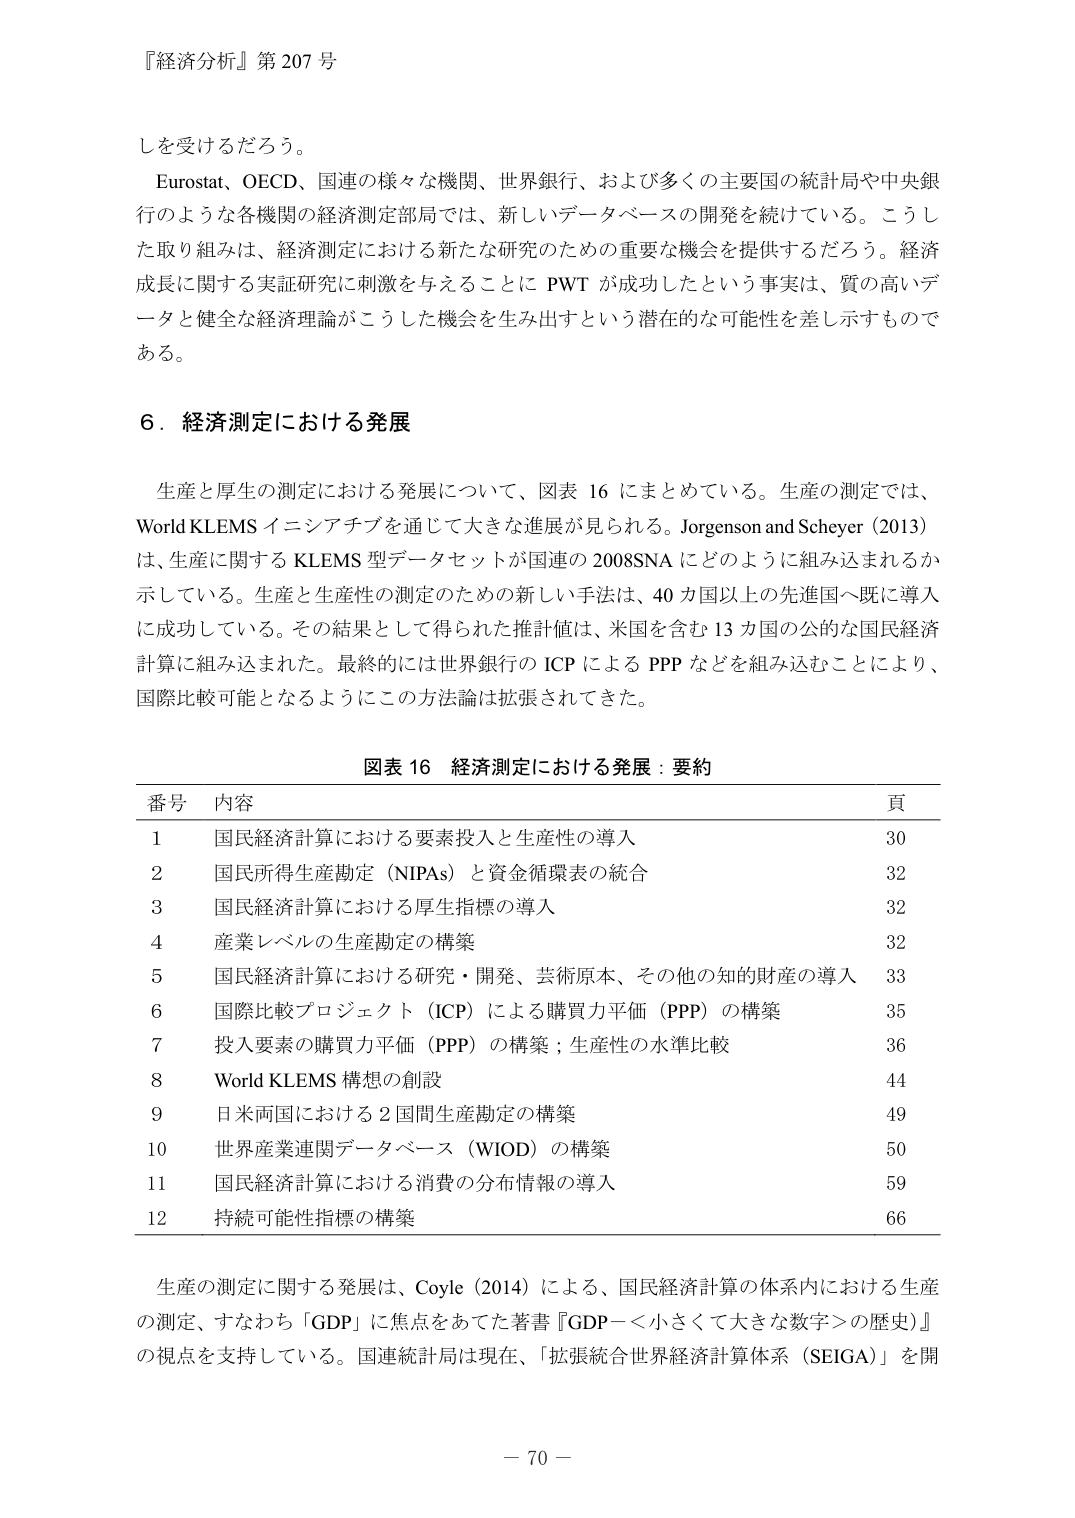
『経済分析』第 207 号

しを受けるだろう。

Eurostat、OECD、国連の様々な機関、世界銀行、および多くの主要国の統計局や中央銀行のような各機関の経済測定部局では、新しいデータベースの開発を続けている。こうした取り組みは、経済測定における新たな研究のための重要な機会を提供するだろう。経済成長に関する実証研究に刺激を与えることに PWT が成功したという事実は、質の高いデータと健全な経済理論がこうした機会を生み出すという潜在的な可能性を差し示すものである。

6．経済測定における発展

生産と厚生の測定における発展について、図表 16 にまとめていている。生産の測定では、World KLEMS イニシアチブを通じて大きな進展が見られる。Jorgenson and Scheyer (2013) は、生産に関する KLEMS 型データセットが国連の 2008SNA にどのように組み込まれるか示している。生産と生産性の測定のための新しい手法は、40 カ国以上の先進国へ既に導入に成功している。その結果として得られた推計値は、米国を含む 13 カ国の公的な国民経済計算に組み込まれた。最終的には世界銀行の ICP による PPP などを組み込むことにより、国際比較可能となるようにこの方法論は拡張されてきた。

図表 16 経済測定における発展：要約

番号 内容 頁
1 国民経済計算における要素投入と生産性の導入 30
2 国民所得生産勘定（NIPAs）と資金循環表の統合 32
3 国民経済計算における厚生指標の導入 32
4 産業レベルの生産勘定の構築 32
5 国民経済計算における研究・開発、芸術原本、その他の知的財産の導入 33
6 国際比較プロジェクト（ICP）による購買力平価（PPP）の構築 35
7 投入要素の購買力平価（PPP）の構築；生産性の水準比較 36
8 World KLEMS 構想の創設 44
9 日米両国における 2 国間生産勘定の構築 49
10 世界産業連関データベース（WIOD）の構築 50
11 国民経済計算における消費の分布情報の導入 59
12 持続可能性指標の構築 66

生産の測定に関する発展は、Coyle (2014) による、国民経済計算の体系内における生産の測定、すなわち「GDP」に焦点をあてた著書『GDP－小さくて大きな数字＞の歴史』の視点を支持している。国連統計局は現在、「拡張統合世界経済計算体系（SEIGA）」を開

－ 70 －